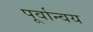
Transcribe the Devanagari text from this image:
पूर्वान्वय